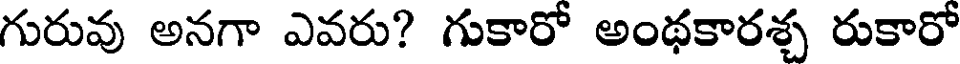
గురువు అనగా ఎవరు? గుకారో అంథకారశ్చ రుకారో